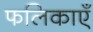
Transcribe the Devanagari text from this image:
फलिकाएँ